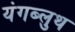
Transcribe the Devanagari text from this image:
यंगब्लुथ